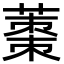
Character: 𮐿